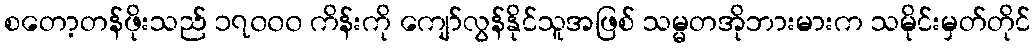
စတော့တန်ဖိုးသည် ၁၇၀၀၀ ကိန်းကို ကျော်လွန်နိုင်သူအဖြစ် သမ္မတအိုဘားမားက သမိုင်းမှတ်တိုင်